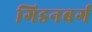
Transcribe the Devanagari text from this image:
गिडनबर्ग